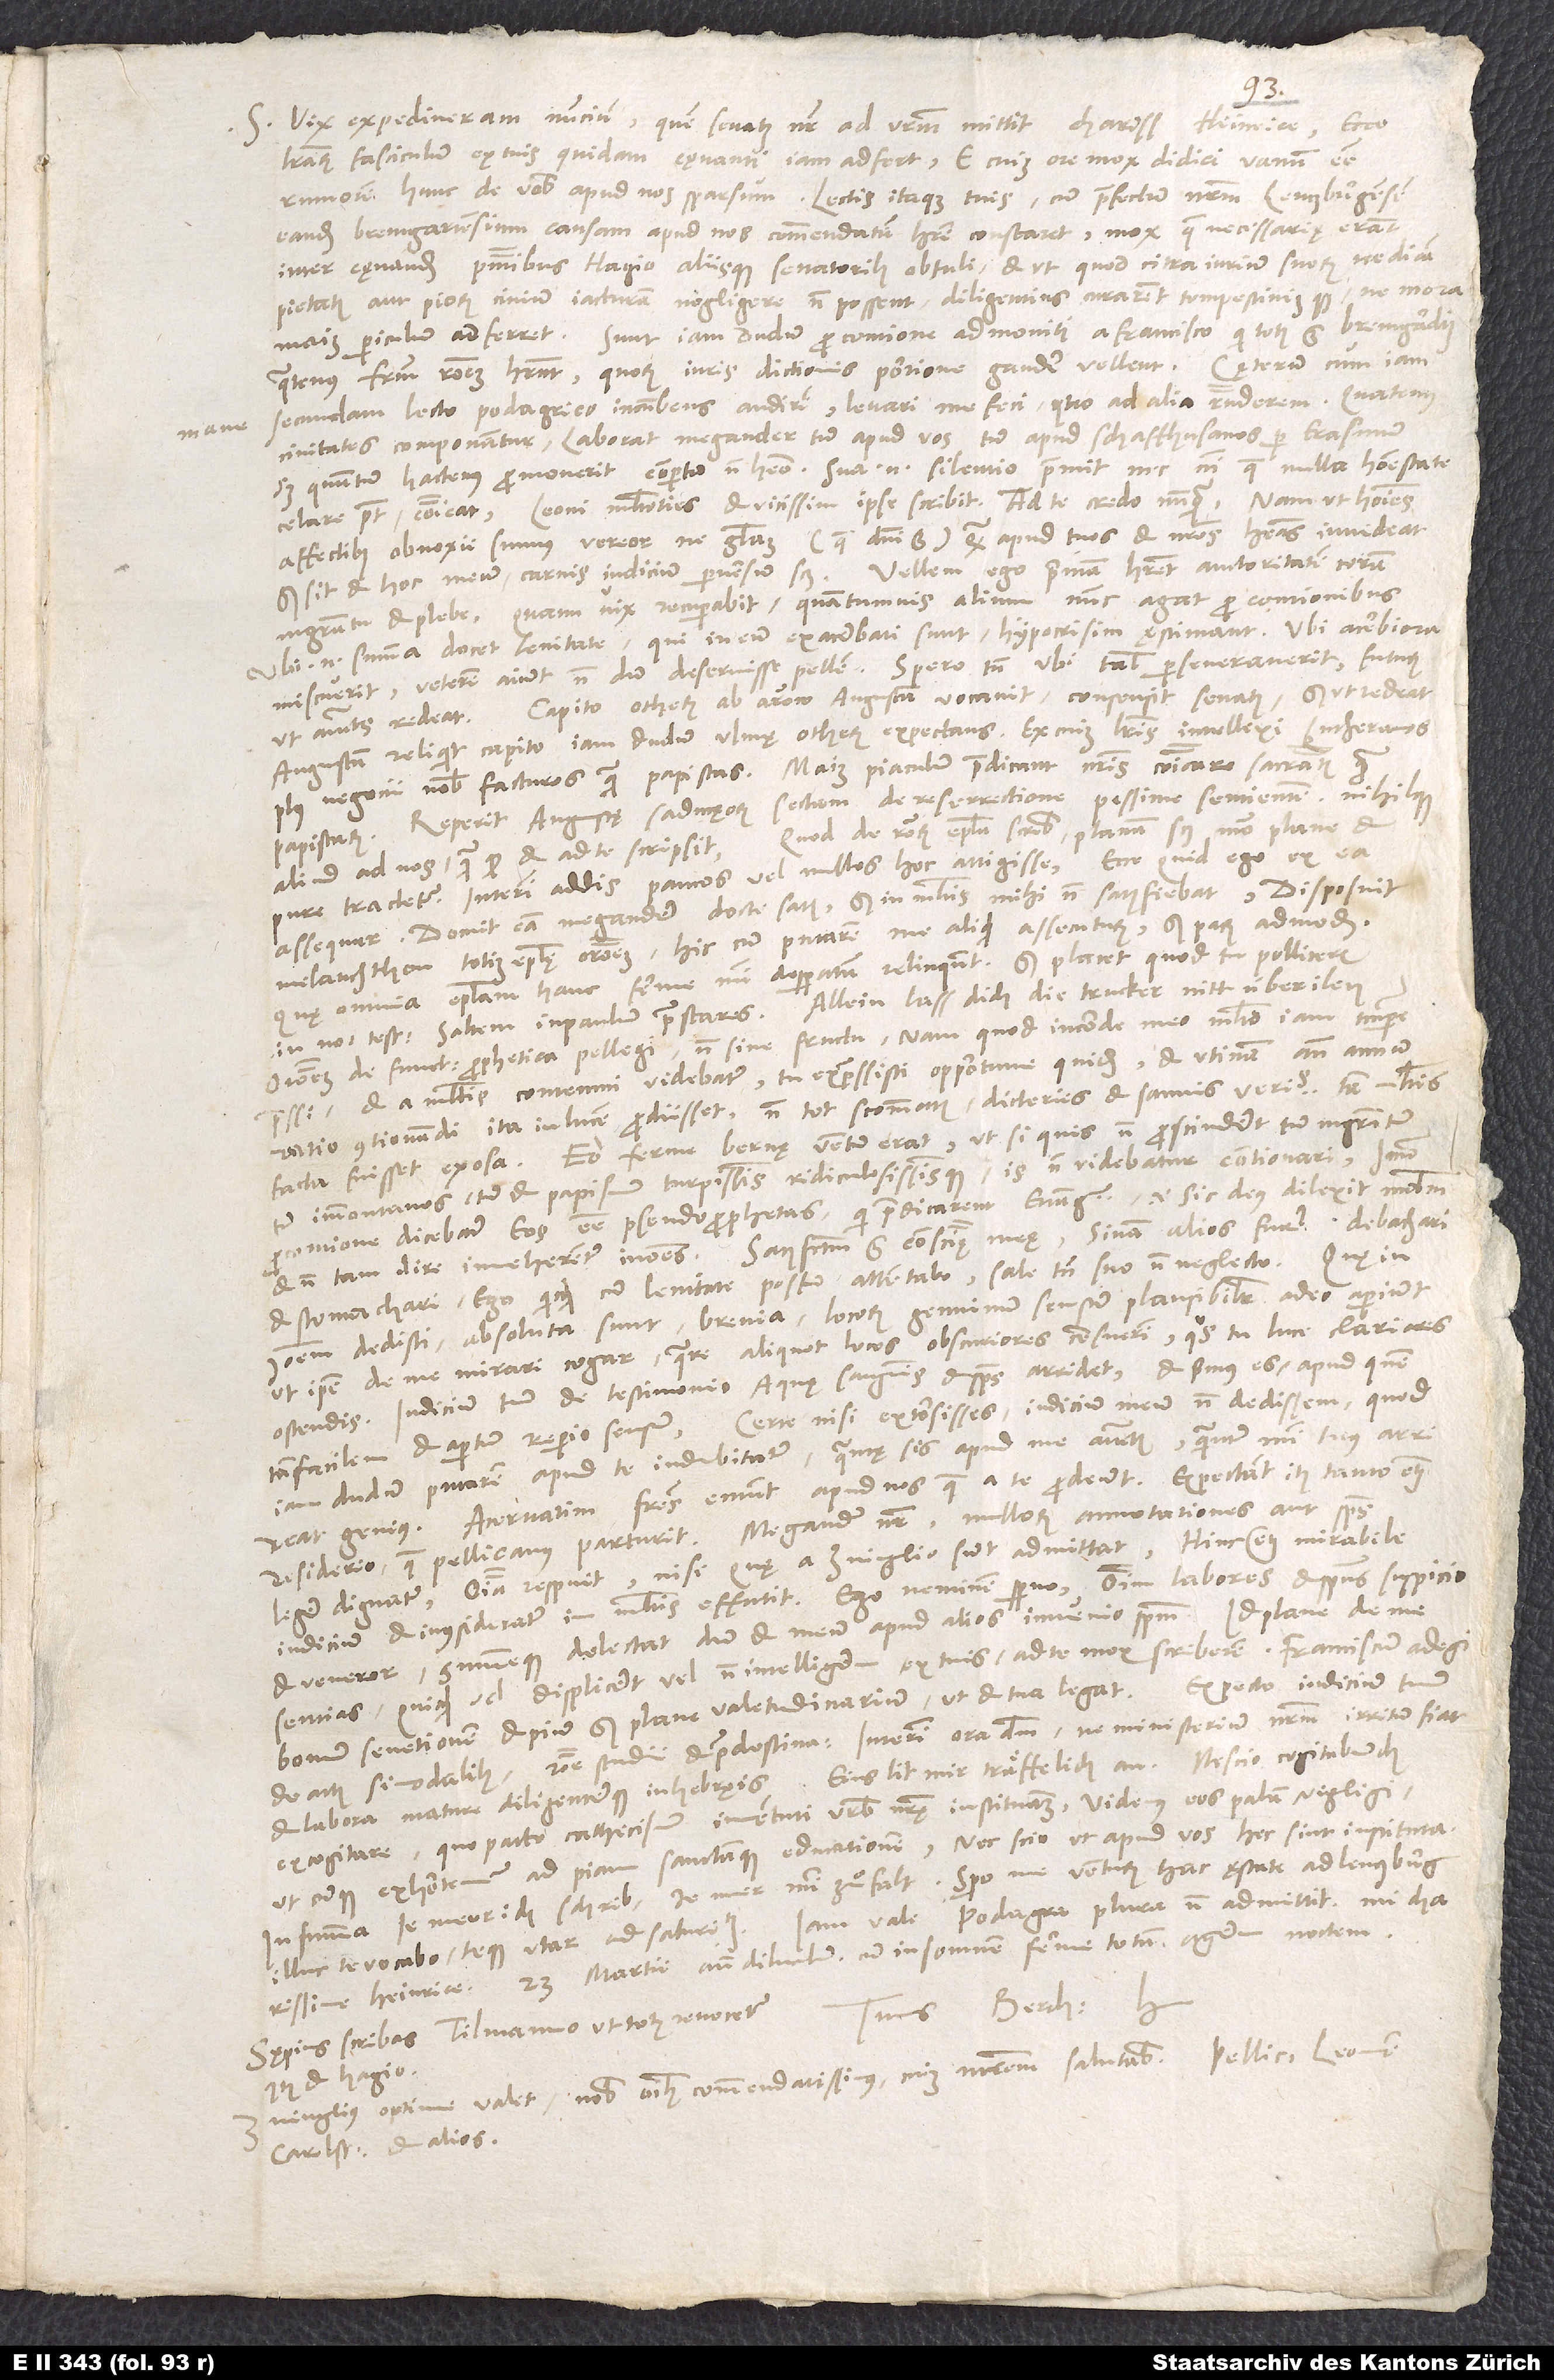
mane

23.
S. Vix expediveram nuncium, quem senatus noster ad vestrum mittit, charissime Heinrice, ecce
literarum fasciculum ex tuis quidam cęnanti iam adfert, e cuius ore mox didici vanum esse
rumorem hunc de vobis apud nos sparsum. Lectis itaque tuis, cum praefectum nostrum Lentzburgensem
eandem Bremgartensium causam apud nos commendatam habere constaret, mox, quae necessarię erant,
inter cęnandum praesentibus Hagio aliisque senatoribus obtuli, et ut, quod citra iurium suorum, ne dicam
pietatis aut piorum civium, iacturam negligere non possent, diligentius curarent tempestiviusque, ne mora
maius periculum adferret. Sunt iam dudum pro contione admoniti a Francisco, qui totus est Bremgardius,
quatenus fratrum rationem haberent, quorum iurisdictionis portione gaudere vellent.
secundam lecto podagrico incumbens audirem, levari me feci, quo ad alia responderem. Quatenus
civitates componantur, laborat Megander tum apud vos tum apud Schaffhusanos per Erasmum,
sed quantum hactenus promoverit, compertum non habeo. Sua enim silentio premit, nec nisi quae nulla honestate
celare potest, communicat. Leoni multoties et vicissim ipse scribit, ad te credo nunquam. Nam ut homines
affectibus obnoxii sumus, vereor, ne gloriam (quae domini est), quam apud tuos et nostros habeas, invideat.
Vellem ego primam haberet auctoritatem coram
Sed sit et hoc meum carnis iudicium, perversum scilicet.
magistratu et plebe. Quam vix recuperabit, quantumvis alium nunc agat pro contionibus.
Ubi enim summa docet lenitate, qui in eum exacerbati sunt, hypocrisim ęstimant, ubi acerbiora
miscuerit, veterem aiunt nondum deseruisse pellem. Spero tamen, ubi talis perseveraverit, futurum,
Capito Otherum ab Arow Augustam vocavit. Consensit senatus, sed ut redeat.
Augustam reliquit Capito iam dudum Ulmę Otherum expectans. Ex cuius literis intellexi lutheranos
plus negocii nobis facturos quam papistas. Maius piaculum praedicant nostris communicare sacramentis
papistarum. Reperit Augustae saducęorum sectam de resurrectione pessime sentientem nihilque
pure tractetur, interim addis paucos vel nullos hoc attigisse, ecce, quid ego ex ea
assequar. Docuit eam Megander docte satis, sed in multis mihi non satisfiebat.
DisposuitMelanchthon totius epistolę orationem. Hic cum putarem me aliquid assecuturum - sed parum admodum.
Quae omnia epistolam hanc ferme mihi desperatam relinquunt. Sed placet, quod tu polliceris
in novum testamentum, saltem in Paulum, praestares. Allein lass dich die trucker nitt überilen.
Orationem de functione prophetica pellegi, non sine fructu. Nam quod in corde meo multo iam tempore
pressi et a multis contemni videbatur, tu expressisti, opportune quidem. Et utinam ante annum
ratio contionandi ita in lucem prodiisset: Non tot scommatis, dicteriis et sannis veritas tam multis
facta fuisset exosa. Eo ferme Bernę ventum erat, ut si quis non proscinderet tum magistratum
tum Immontanos tum et papismum turpissimis ridiculosissimisque, is non videbatur contionari. Immo
pro contione dicebatur eos esse pseudoprophetas, qui praedicarent evangelium, id est «Sic deus dilexit mundum»
non tam dire inveherentur in omnes. Satisfactum est conscientiae meae. Sinam alios furere, debachari
et stomachari. Ego, quicquid cum lenitate possum, attentabo, sale tamen suo non neglecto.
Ioannem dedisti, absoluta sunt, brevia, locorum genuinum sensum plausibiliter adeo aperiunt,
ut ipse de me mirari cogar, quare aliquot locos obscuriores censuerim, quos tu luce clariores
ostendis. Iudicium tuum de testimonio aquę, sanguinis et spiritus arridet, et primus es, apud quem
tam facilem et apertum reperio sensum. Certe nisi extorsisses, iudicium meum non dedissem, quod
iam dudum putarem apud te indubitatum, quantę sis apud me auctoritatis, quantum mihi tuus arrideat
genius. Acervatim fratres emunt apud nos, quae a te prodeunt. Expectant item tanto etiam
desiderio, quae Pellicanus parturit. Megander noster nullorum annotationes aut spiritus
legere dignatur. Omnia respuit, nisi quae a Zuinglio sunt, admittat. Hinc etiam mirabile
iudicium et inconsideratum in multis effutit. Ego neminem sperno, omnium labores et spiritus suspicio
et veneror, summeque delectat, dum et meum apud alios invenio spiritum. Id plane de me
sentias: Quicquid vel displiceret vel non intelligerem ex tuis, ad te mox scriberem. Franciscum adegi,
bonum senetionem et pium, sed plane valetudinarium, ut et tua legat. Expecto iudicium tuum
et labora mature diligenterque in Hebręis. Eins lit mir träffelich an: Nescio cogitabundus
excogitare, quo pacto catechismum iuventuti urbis nostrę instituamus. Videmus eos palam neglegi,
utcunque exhortemur ad piam sanctamque educationem, nec scio, ut apud vos hec sint institute.
In summa: je meer ich schrib, je mer mir zuͤfalt. Spero me venturum hac ęstate ad Lentzburg.
Sępius scribas Tilmanno, ut totus revocetur,
item et Hagio.
Zuinglius optime valet nobis omnibus commendatissimus. Cuius matrem salutabis, Pellicanum, Leonem,
Carolstadium et alios.